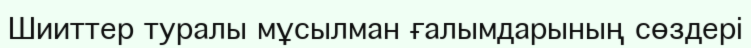
Шииттер туралы мұсылман ғалымдарының сөздері